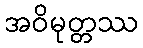
အဝိမုတ္တဿ